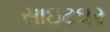
સાઇટઘર